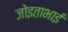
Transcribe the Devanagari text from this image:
जोइताभाई